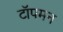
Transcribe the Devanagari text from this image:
टॉपमन